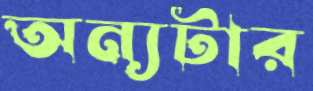
অন্যটার